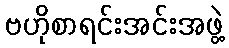
ဗဟိုစာရင်းအင်းအဖွဲ့